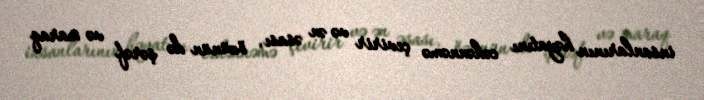
insanlarının həyatını cəhənnəmə çevirir və ən əsası, özünün də şərəf və maraq